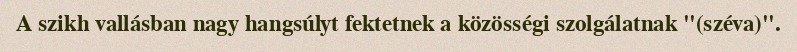
A szikh vallásban nagy hangsúlyt fektetnek a közösségi szolgálatnak "(széva)".